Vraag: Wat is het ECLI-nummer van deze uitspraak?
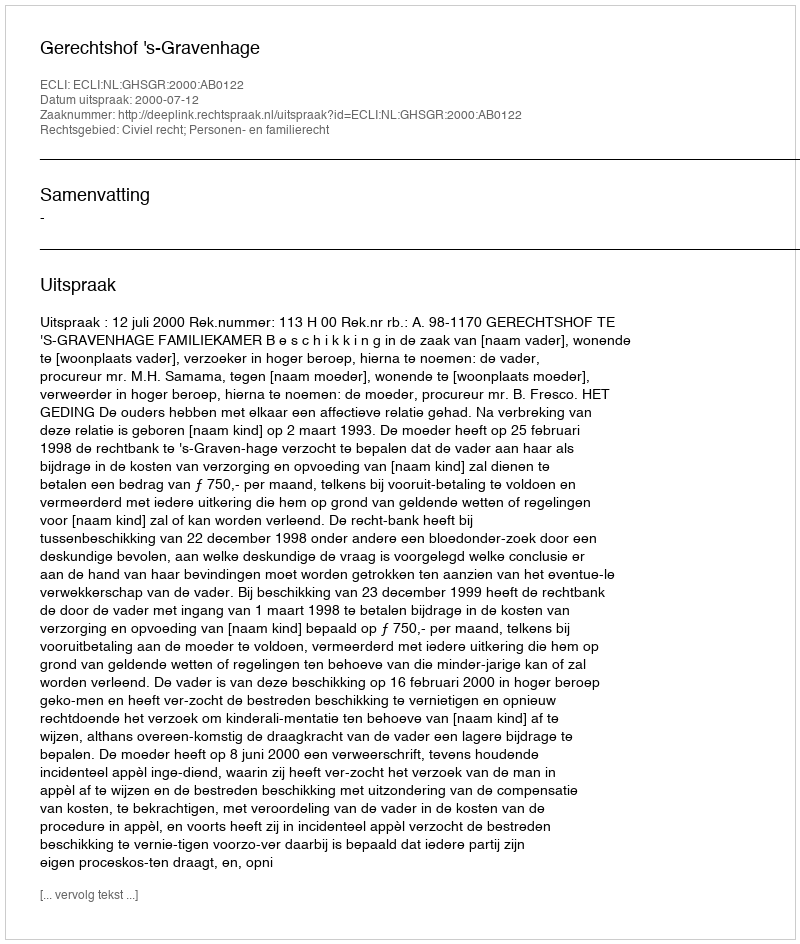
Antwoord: ECLI:NL:GHSGR:2000:AB0122